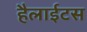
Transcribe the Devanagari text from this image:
हैलाईटस